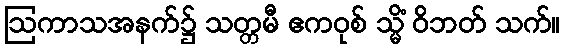
ဩကာသအနက်၌ သတ္တမီ ဧကဝုစ် သ္မိံ ဝိဘတ် သက်။